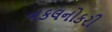
નકલનોકરી